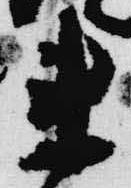
来